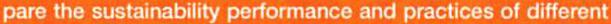
pare the sustainability performance and practices of different